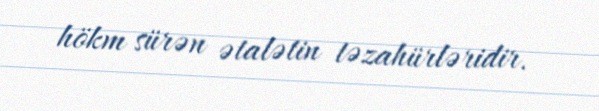
hökm sürən ətalətin təzahürləridir.